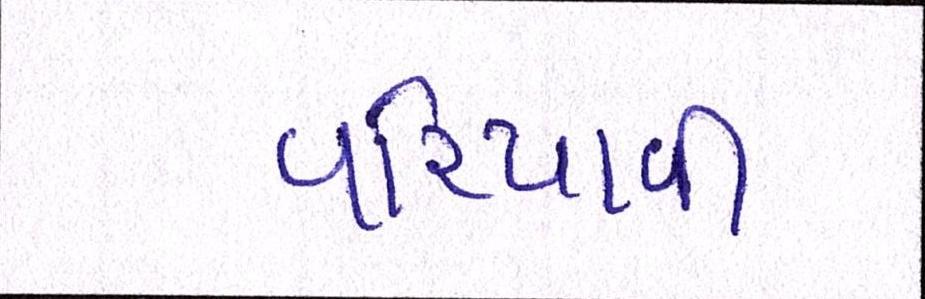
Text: વરિયાવી